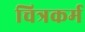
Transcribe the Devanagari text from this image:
चित्रकर्म